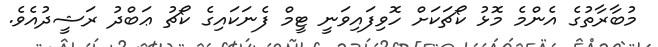
މުބާރާތުގެ އެންމެ މޮޅު ކޯޗަކަށް ހޮވިފައިވަނީ ޓީމް ފެނަކައިގެ ކޯޗު ޢަބްދު ރަޝީދުއެވެ.